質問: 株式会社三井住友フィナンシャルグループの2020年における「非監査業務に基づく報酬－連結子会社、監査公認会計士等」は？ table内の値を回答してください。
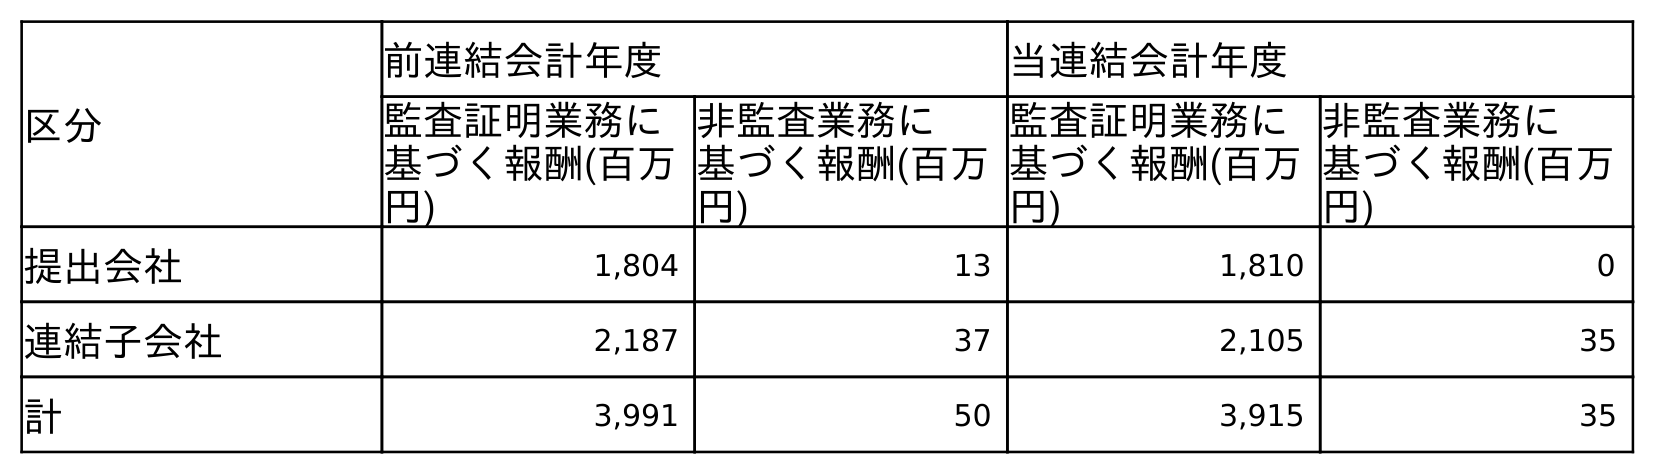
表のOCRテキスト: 区分 前連結会計年度 当連結会計年度 監査証明業務に 基づく報酬(百万 円) 非監査業務に 基づく報酬(百万 円) 監査証明業務に 基づく報酬(百万 円) 非監査業務に 基づく報酬(百万 円) 提出会社 1,804 13 1,810 0 連結子会社 2,187 37 2,105 35 計 3,991 50 3,915 35
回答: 35